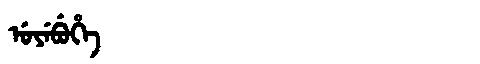
Manchu: ᡠᠶᡝᠪᡠᡥᡝ
Romanization: UYEBUHE